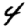
Digit: 4